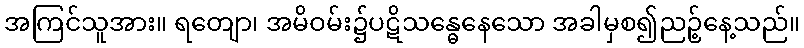
အကြင်သူအား။ ရတျော၊ အမိဝမ်း၌ပဋိသန္ဓေနေသော အခါမှစ၍ညဉ့်နေ့သည်။